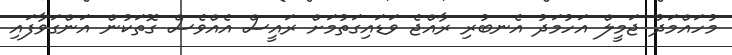
މުހައްމަދު ޖަމީލް އަހުމަދު އެނބުރި ރާއްޖެ ވަޑައިގަތުމަށް ރައީސް އެއްވެސް ގޮތަކުން އަންގަވާފައި